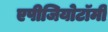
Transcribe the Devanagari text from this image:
एपीजियोटॉमी